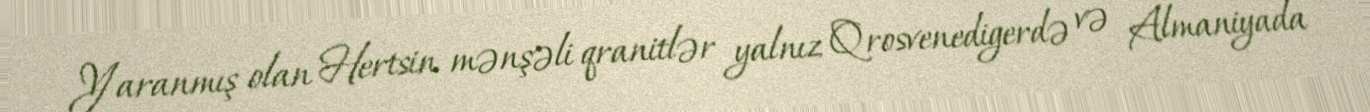
Yaranmış olan Hertsin mənşəli qranitlər yalnız Qrosvenedigerdə və Almaniyada